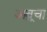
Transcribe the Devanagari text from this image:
अब्रूचा